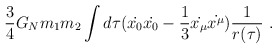
\begin{align*}{3\over 4}G_Nm_1m_2 \int d\tau (\dot{x_0}\dot{x_0} - {1\over 3}\dot{x_{\mu}}\dot{x^{\mu}} ) {1 \over r(\tau)}~.\end{align*}